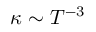
\kappa \sim T ^ { - 3 }